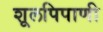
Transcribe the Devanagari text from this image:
शूलपिपाणी